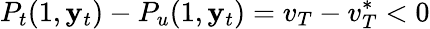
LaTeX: P_{t}(1,\mathbf{y}_{t})-P_{u}(1,\mathbf{y}_{t})=v_{T}-v_{T}^{*}<0